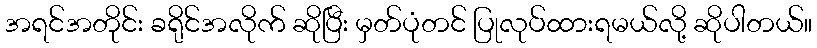
အရင်အတိုင်း ခရိုင်အလိုက် ဆိုပြီး မှတ်ပုံတင် ပြုလုပ်ထားရမယ်လို့ ဆိုပါတယ်။